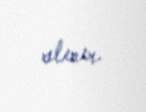
alınır.